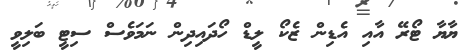
ޔާޔާ ޓޯރޭ އާއި އެޑިން ޒެކޯ ލީޑް ހޯދައިދިން ނަމަވެސް ސިޓީ ބަލިވީ